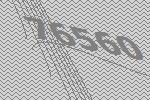
76560